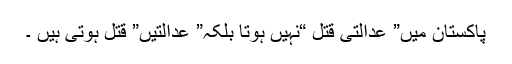
پاکستان میں” عدالتی قتل “نہیں ہوتا بلکہ” عدالتیں” قتل ہوتی ہیں ۔